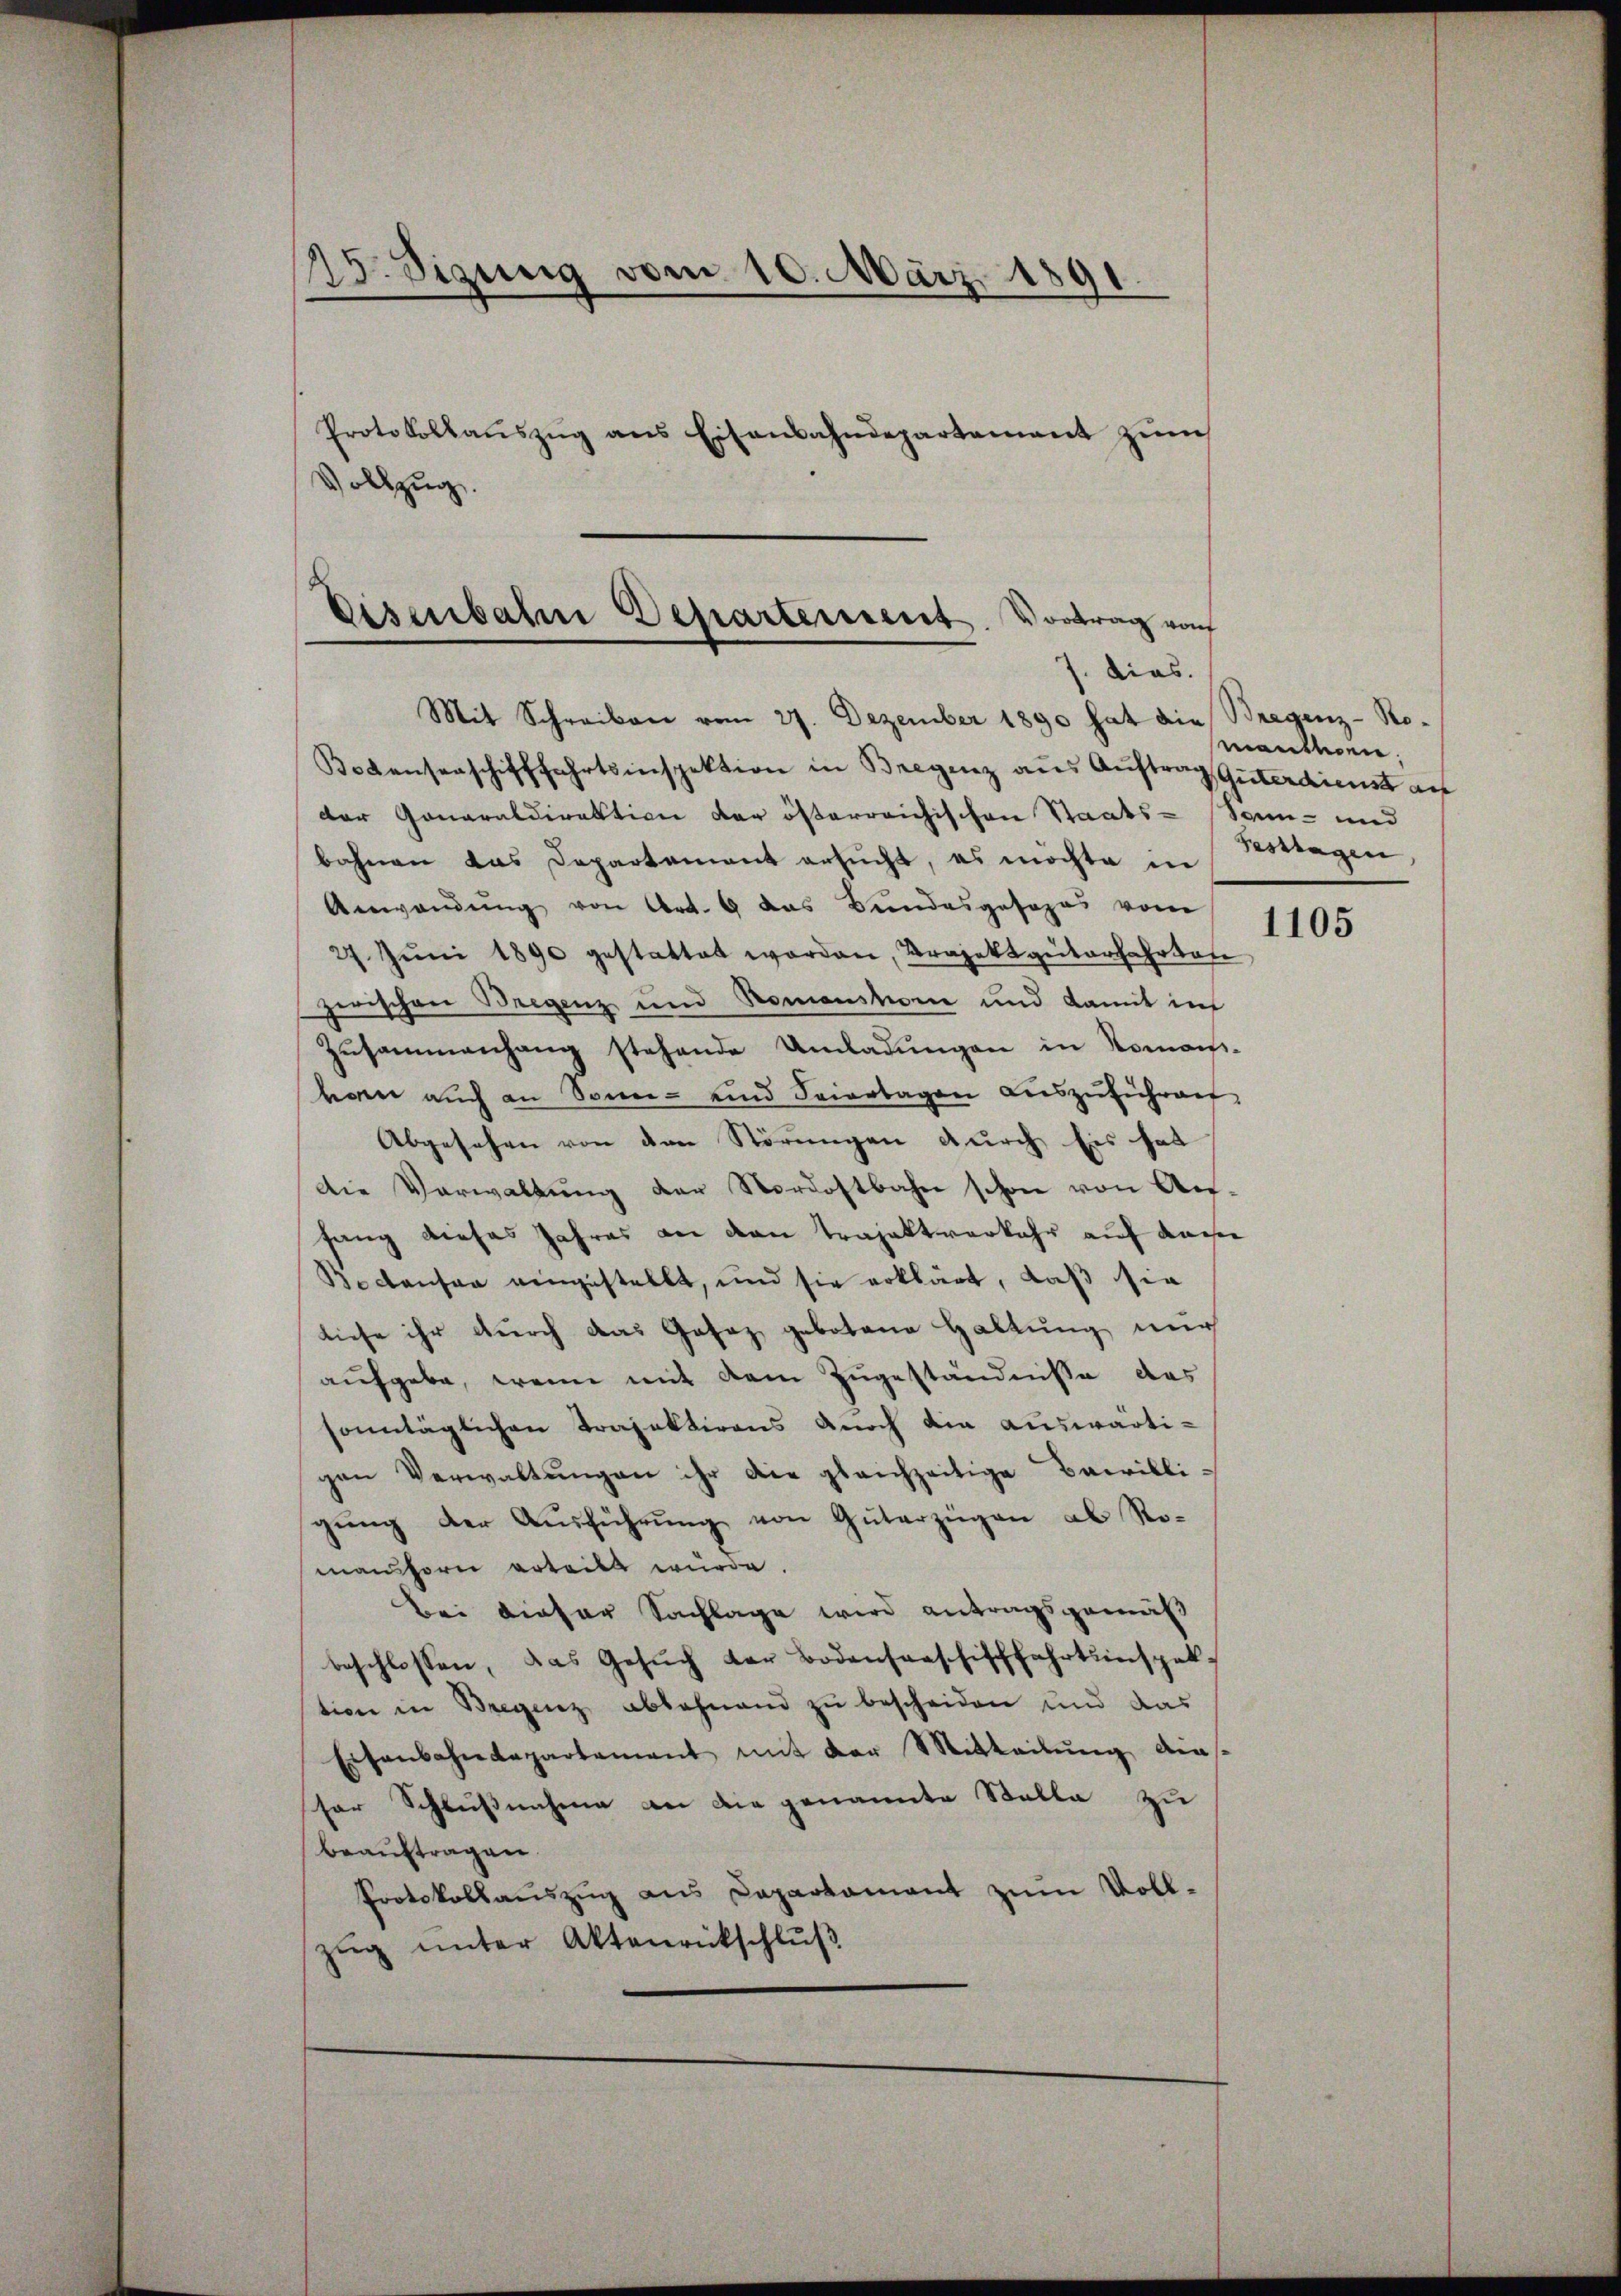
25. Sizung vom 10. März 1891.
Protokollaŭszŭg ans Eisenbahndepartement zŭm
Vollzug.

Eisenbahn Departement. Vortrag von
s. dies.

Mit Schreiben vom 27. Dezember 1890 hat die Bregenz-Ro¬
Bodenserschifffahrtsinspektion in Bregenz aŭs Aŭftrag Güterdienst au
der Generaldirektion der österreichischen Staats-Sonn- und
bahnen das Departement ersucht, es möchte in
Anwendŭng von Art. 9 das Bundesgesopas vom
27. Jŭni 1890 gestattet worden, Projektgüterfahrtaxe
zwischen Bregenz und Romanstom und damit in
Zusammenhang stehende Umladungen in Romani-
ween auch an Sonn- und Feiertagen auszuführen
Abgesehen von den Störungen durch Eis hat
Die Verwaltŭng der Nordostbahn schon von An-
fang dieses Jahres an den Trajaktverkehr auf dasser
Boctanten eingestellt, und sie erklärt, daß sie
tiese ihr durch das Gasaz gebotene Haltung nur
aufgebe, wenn mit dem Zugeständnisse das
sonntäglichen Trajektirens durch die auswärtigen Verwaltŭngen ihr die gleichzeitige Bewilli-
gung der Ausführung von Güterzügen ab Romanshorn erteilt würde.
Bei dieser Sachlage wird antragsgemäß
beschlossen, das Gesŭch der Bodensaaschischfahrtenspal
tion in Bregenz ablehnend zu bescheiden und das
Eisenbahndepartement mit der Mitteilŭng die-
sor Schlußnahme an die genannte Stalla zu
beauftragen.
Protokollauszug aus Daparkament zum Voll-
zug unter Aktenrickschluß

manten.
Festtagen,

1105